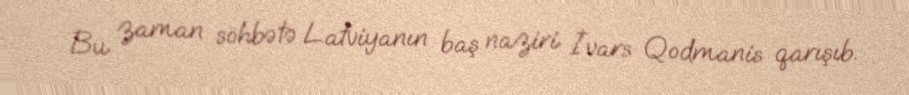
Bu zaman söhbətə Latviyanın baş naziri İvars Qodmanis qarışıb.